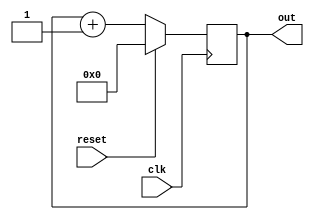
module counter ( out, clk, reset ) ;

   input clk, reset;
   output [3:0] out;
   reg [3:0] 	out;
   wire [3:0] 	next;

   // This statement implements reset and increment
   assign next = reset ? 4'b0 : (out + 4'b1);

   // This implements the flip-flops
   always @ ( posedge clk ) begin
      out <= #1 next;
   end
endmodule // counter